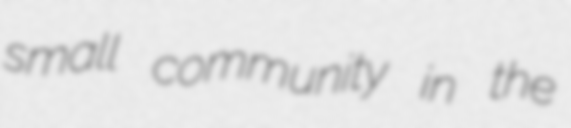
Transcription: small community in the